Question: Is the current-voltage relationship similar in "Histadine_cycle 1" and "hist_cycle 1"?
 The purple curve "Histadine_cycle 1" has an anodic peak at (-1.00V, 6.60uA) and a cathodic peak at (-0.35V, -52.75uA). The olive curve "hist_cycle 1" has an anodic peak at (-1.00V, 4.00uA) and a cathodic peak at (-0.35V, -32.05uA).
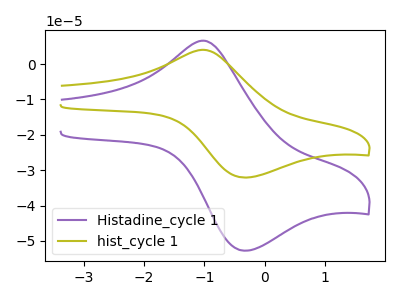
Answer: <think>All the peaks in "Histadine_cycle 1" have a peak in "hist_cycle 1" at the same potential. Every peak in "Histadine_cycle 1" is higher than every peak in "hist_cycle 1".
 </think>
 <answer>"Histadine_cycle 1" and "hist_cycle 1" are similar in shape.</answer>
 <eval>same_shape</eval>